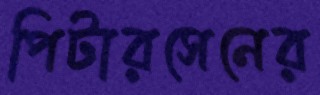
পিটারসেনের